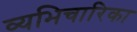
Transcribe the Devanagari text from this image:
व्यभिचारिका